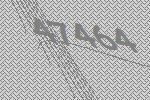
47464